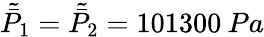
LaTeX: \tilde{\bar{P}}_{1}=\tilde{\bar{P}}_{2}=101300\: Pa